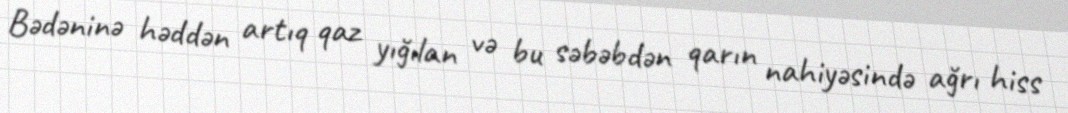
Bədəninə həddən artıq qaz yığılan və bu səbəbdən qarın nahiyəsində ağrı hiss